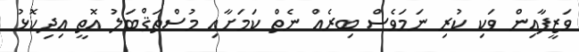
ވަޒީފާއިން ވަކި ކުރި ނަމަވެސް ބިރެއް ނެތް ކަމަށާއި މުސްތަޤްބަލު އޮތީ އިދިކޮޅު